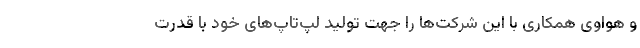
و هواوی همکاری با این شرکت‌ها را جهت تولید لپ‌تاپ‌های خود با قدرت